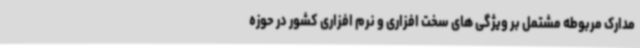
مدارک مربوطه مشتمل بر ویژگی های سخت افزاری و نرم افزاری کشور در حوزه